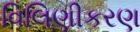
વિલિણીકરણ